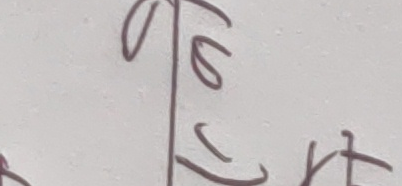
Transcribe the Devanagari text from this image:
सित